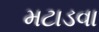
મટાડવા